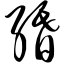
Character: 缗